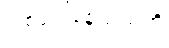
ဖြစ်ပေါ်နေသည်ကို